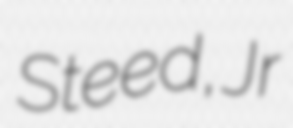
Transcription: Steed, Jr